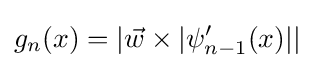
g_{n}(x)=|{\vec {w}}\times |\psi _{n-1}'(x)||